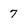
Character: 7